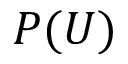
P ( U )